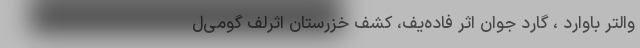
والتر باوارد ، گارد جوان اثرِ فاده‌یف، کشف خزرستان اثرِلِف گومی‌ل